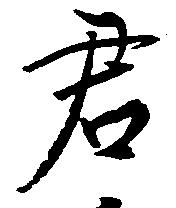
君